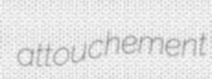
attouchement